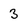
Character: 3